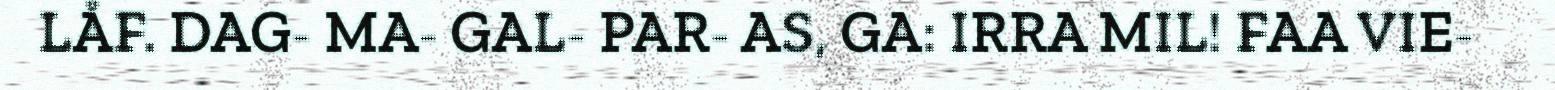
LÅF. DAG- MA- GAL- PAR- AS, GA: IRRA MIL! FAA VIE-